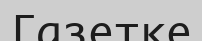
Газетке